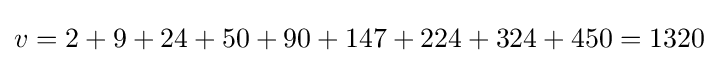
v=2+9+24+50+90+147+224+324+450=1320